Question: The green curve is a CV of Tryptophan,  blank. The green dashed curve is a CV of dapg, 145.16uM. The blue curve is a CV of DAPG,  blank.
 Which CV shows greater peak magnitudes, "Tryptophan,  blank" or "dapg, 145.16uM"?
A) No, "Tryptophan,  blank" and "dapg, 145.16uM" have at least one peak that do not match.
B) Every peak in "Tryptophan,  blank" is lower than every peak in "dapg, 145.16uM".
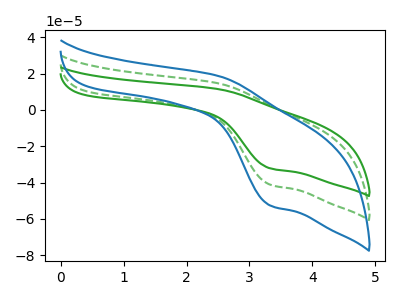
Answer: <think>The green curve "Tryptophan,  blank" has an anodic peak at (2.50V, 11.40uA) and a cathodic peak at (3.35V, -32.20uA). The green dashed curve "dapg, 145.16uM" has an anodic peak at (2.50V, 14.60uA) and a cathodic peak at (3.35V, -41.20uA). The blue curve "DAPG,  blank" has an anodic peak at (2.50V, 29.20uA) and a cathodic peak at (3.35V, -82.35uA).</think>
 <answer>B) Every peak in "Tryptophan,  blank" is lower than every peak in "dapg, 145.16uM".</answer>
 <eval>B</eval>